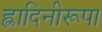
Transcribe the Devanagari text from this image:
ह्लादिनीरूपा